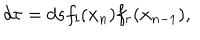
d \tau = d s f _ { l } ( { \bf x } _ { n } ) f _ { r } ( { \bf x } _ { n - 1 } ) ,